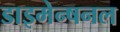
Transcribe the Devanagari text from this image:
डाइमेन्षनल